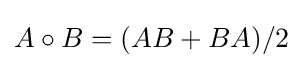
A\circ B=(AB+BA)/2